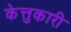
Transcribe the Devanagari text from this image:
केत्तुकारी